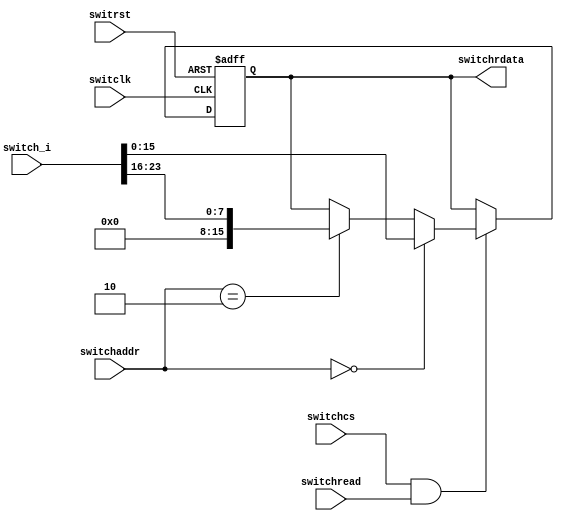
`timescale 1ns / 1ps
//////////////////////////////////////////////////////////////////////////////////
// Design Name: 
// Module Name: switchs
//////////////////////////////////////////////////////////////////////////////////

module switchs(switclk, switrst, switchread, switchcs,switchaddr, switchrdata, switch_i);
    input switclk;			        //  
    input switrst;			        //  
    input switchcs;			        //memorioswitch  !!!!!!!!!!!!!!!!!
    input[1:0] switchaddr;		    //  switch  !!!!!!!!!!!!!!!
    input switchread;			    //  
    output reg [15:0] switchrdata;	    //  CPU16
    input [23:0] switch_i;		    //  24

    always@(negedge switclk or posedge switrst) begin
        if(switrst) begin
            switchrdata <= 0;
        end
		else if(switchcs && switchread) begin
			if(switchaddr==2'b00)
				switchrdata[15:0] <= switch_i[15:0];   // data output,lower 16 bits non-extended
			else if(switchaddr==2'b10)
				switchrdata[15:0] <={ 8'h00, switch_i[23:16] };//data output, upper 8 bits extended with zero
			else   
				switchrdata <= switchrdata;
        end
		else begin
            switchrdata <= switchrdata;
        end
    end
endmodule